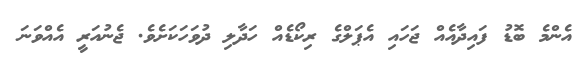
އެންމެ ބޮޑު ފައިދާއެއް ޖަހައި އެޕަލްގެ ރިކޯޑެއް ހަދާލި ދުވަހަކަށެވެ. ޖެނުއަރީ އެއްވަނަ